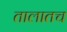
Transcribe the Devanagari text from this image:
तालातच